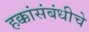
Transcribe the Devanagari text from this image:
हक्कांसंबंधीचे